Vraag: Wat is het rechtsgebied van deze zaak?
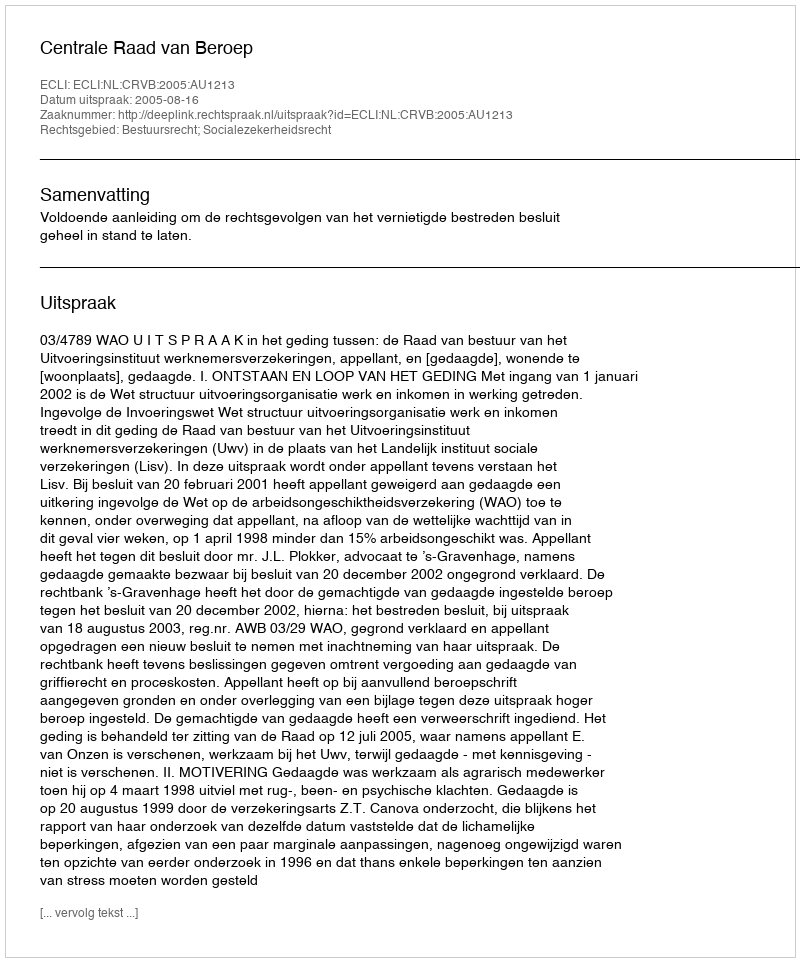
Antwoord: Bestuursrecht; Socialezekerheidsrecht